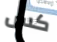
كس